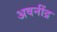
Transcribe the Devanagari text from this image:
अवनींद्र